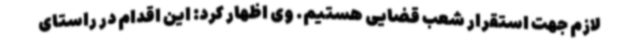
لازم جهت استقرار شعب قضایی هستیم. وی اظهار کرد: این اقدام در راستای